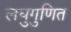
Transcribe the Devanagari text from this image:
लघुगुणित